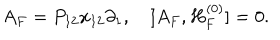
LaTeX: A _ { F } = P _ { 1 2 } x _ { 1 2 } \partial _ { 1 } , [ A _ { F } , H _ { F } ^ { ( 0 ) } ] = 0 .